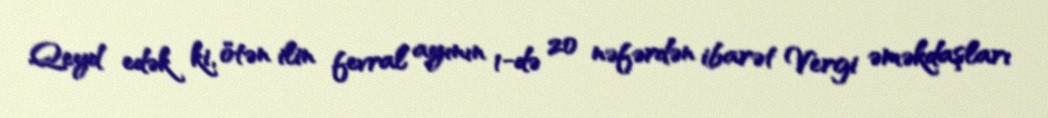
Qeyd edək ki, ötən ilin fevral ayının 1-də 20 nəfərdən ibarət Vergi əməkdaşları